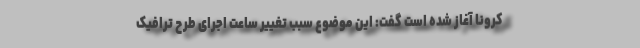
کرونا آغاز شده است گفت: این موضوع سبب تغییر ساعت اجرای طرح ترافیک